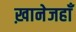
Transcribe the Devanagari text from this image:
ख़ानेजहाँ